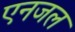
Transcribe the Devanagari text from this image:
एनजल